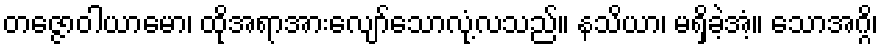
တဇ္ဇောဝါယာမော၊ ထိုအရာအားလျော်သောလုံ့လသည်။ နသိယာ၊ မရှိခဲ့အံ့။ သောအဂ္ဂိ၊